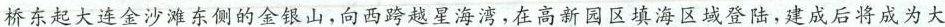
桥东起大连金沙滩东侧的金银山，向西跨越星海湾，在高新园区填海区域登陆，建成后将成为大